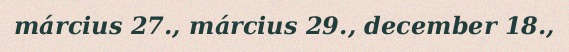
március 27., március 29., december 18.,